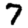
Digit: 7